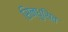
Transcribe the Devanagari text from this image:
सिन्धुसित